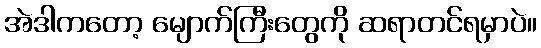
အဲဒါကတော့ မျောက်ကြီးတွေကို ဆရာတင်ရမှာပဲ။